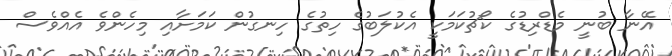
އޭނާ ބުނީ މެޑްރިޑުގެ ކޯޗުކަމަކީ އެކުލަބުގެ ހިތުގެ ހިނގުން ކަމަށާއި މިހެންވެ އެއްވެސް